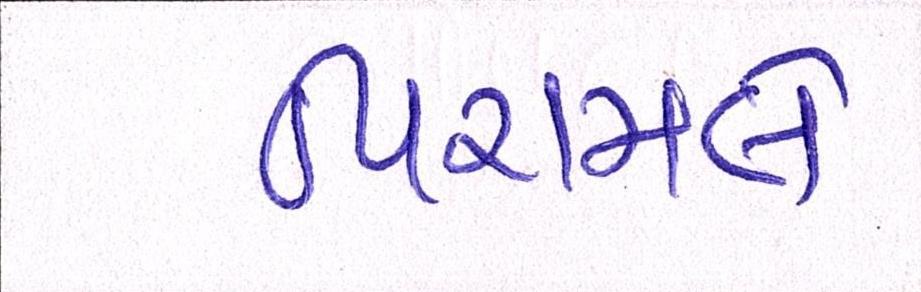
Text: પિરામલે